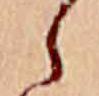
ら